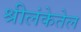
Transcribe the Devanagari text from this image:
श्रीलंकेतेल